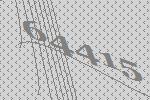
64415